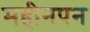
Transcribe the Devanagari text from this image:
महीनपन